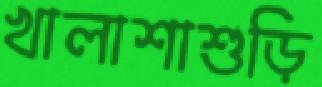
খালাশাশুড়ি